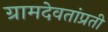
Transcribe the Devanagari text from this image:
ग्रामदेवतांप्रती